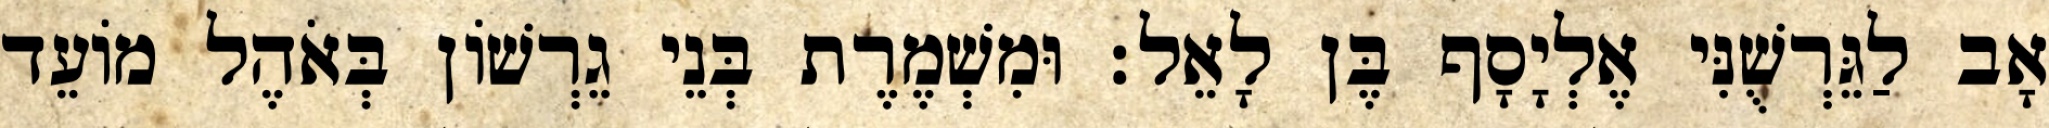
אָב לַגֵּרְשֻׁנִּי אֶלְיָסָף בֶּן לָאֵל׃ וּמִשְׁמֶרֶת בְּנֵי גֵרְשׁוֹן בְּאֹהֶל מוֹעֵד